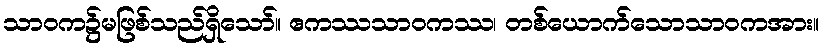
သာဝက၌မဖြစ်သည်ရှိသော်။ ဧကဿသာဝကဿ၊ တစ်ယောက်သောသာဝကအား။